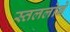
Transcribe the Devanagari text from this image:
स्तललोने